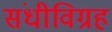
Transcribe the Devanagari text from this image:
संधीविग्रह